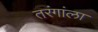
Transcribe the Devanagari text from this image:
तरंगांला